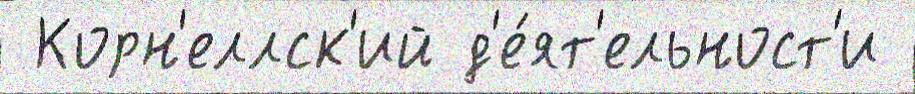
 Корн'еллск'ий д'е́ят'ельност'и